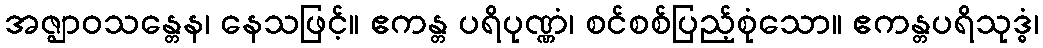
အဇ္ဈာဝသန္တေန၊ နေသဖြင့်။ ဧကန္တ ပရိပုဏ္ဏံ၊ စင်စစ်ပြည့်စုံသော။ ဧကန္တပရိသုဒ္ဓံ၊